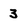
Character: 3